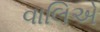
વાલિએ